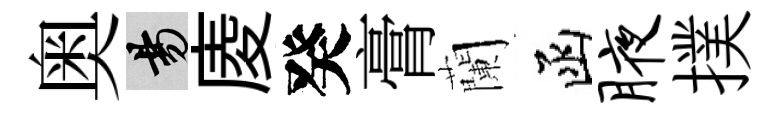
奥昜庱癸膏蘭函腋撲